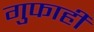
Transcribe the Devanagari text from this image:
गुफाही